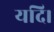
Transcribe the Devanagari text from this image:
यदि।